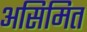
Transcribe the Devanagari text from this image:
असिमित